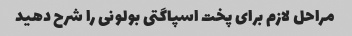
مراحل لازم برای پخت اسپاگتی بولونی را شرح دهید